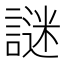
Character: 謎